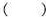
（ ）